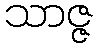
သာဇ္ဇ